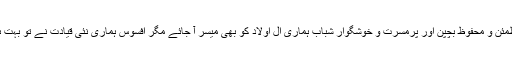
اس سے قبل کا صاف ستھرا، غیر متعصب، بے فکری کا دور تو اب خواب سا لگتا ہے جی چاہتا ہے کہ جیسا مطمئن و محفوظ بچپن اور پرمسرت و خوشگوار شباب ہماری آل اولاد کو بھی میسر آ جائے مگر افسوس ہماری نئی قیادت نے تو بہت ہی مختصر عرصے میں آنکھوں میں بسے خواب چکنا چور کر دیے مگر لوگ اب بھی خوش فہمی کا شکار ہیں۔